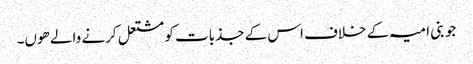
جو بنی امیہ کے خلاف اس کے جذبات کو مشتعل کرنے والے ھوں۔